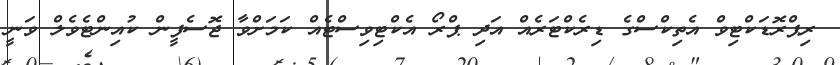
ރިޕްރޮޑަކްޓިވް އެތިކްސްގެ ޑިރެކްޓަރެއް އަދި ޕްރޯ އެކްޓިވިސްޓެއް ކަމަށްވާ ޖޮސެފީން ކުއިންޓެވެލް ވަނީ